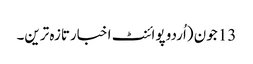
13 جون (اُردو پوائنٹ اخبارتازہ ترین۔